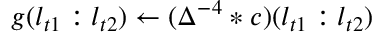
g ( l _ { t 1 } : l _ { t 2 } ) \gets ( \Delta ^ { - 4 } * c ) ( l _ { t 1 } : l _ { t 2 } )